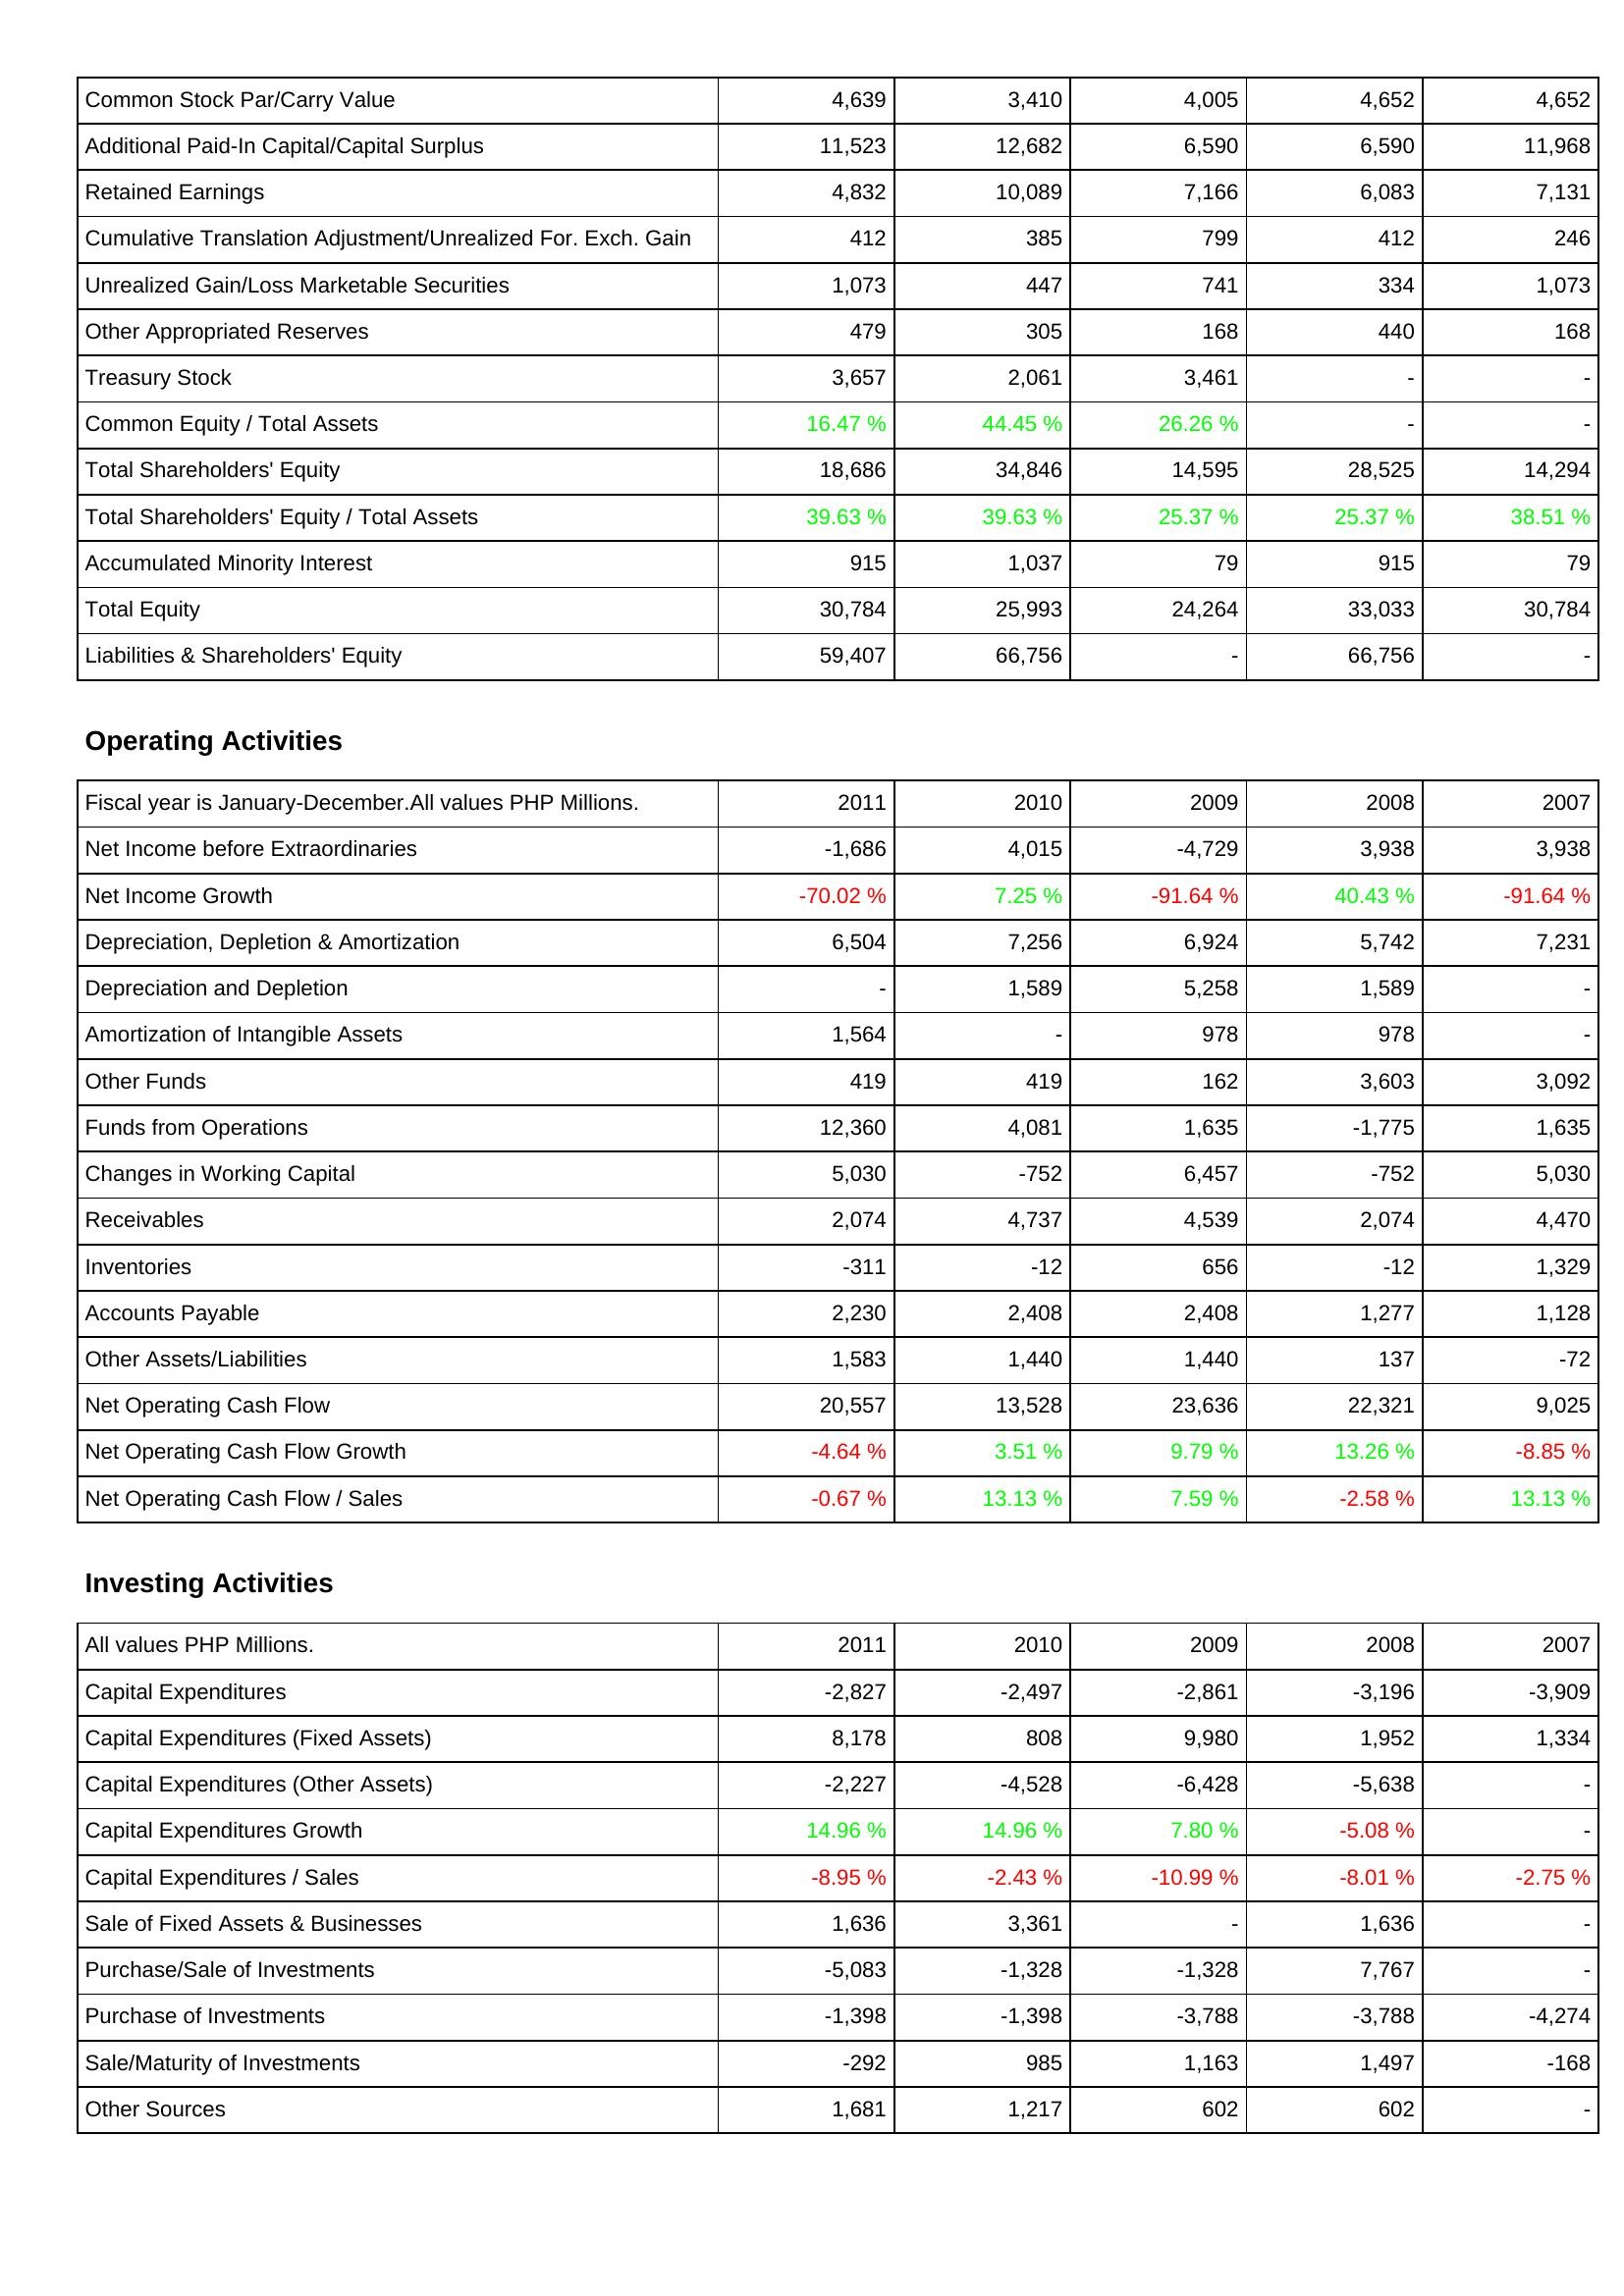
2011: Liabilities & Shareholders' Equity: Common Stock Par/Carry Value: 4,639
Additional Paid-In Capital/Capital Surplus: 11,523
Retained Earnings: 4,832
Cumulative Translation Adjustment/Unrealized For. Exch. Gain: 412
Unrealized Gain/Loss Marketable Securities: 1,073
Other Appropriated Reserves: 479
Treasury Stock: 3,657
Common Equity / Total Assets: 16.47 %
Total Shareholders' Equity: 18,686
Total Shareholders' Equity / Total Assets: 39.63 %
Accumulated Minority Interest: 915
Total Equity: 30,784
Liabilities & Shareholders' Equity: 59,407
Operating Activities: Net Income before Extraordinaries: -1,686
Net Income Growth: -70.02 %
Depreciation, Depletion & Amortization: 6,504
Depreciation and Depletion: -
Amortization of Intangible Assets: 1,564
Other Funds: 419
Funds from Operations: 12,360
Changes in Working Capital: 5,030
Receivables: 2,074
Inventories: -311
Accounts Payable: 2,230
Other Assets/Liabilities: 1,583
Net Operating Cash Flow: 20,557
Net Operating Cash Flow Growth: -4.64 %
Net Operating Cash Flow / Sales: -0.67 %
Investing Activities: Capital Expenditures: -2,827
Capital Expenditures (Fixed Assets): 8,178
Capital Expenditures (Other Assets): -2,227
Capital Expenditures Growth: 14.96 %
Capital Expenditures / Sales: -8.95 %
Sale of Fixed Assets & Businesses: 1,636
Purchase/Sale of Investments: -5,083
Purchase of Investments: -1,398
Sale/Maturity of Investments: -292
Other Sources: 1,681
2010: Liabilities & Shareholders' Equity: Common Stock Par/Carry Value: 3,410
Additional Paid-In Capital/Capital Surplus: 12,682
Retained Earnings: 10,089
Cumulative Translation Adjustment/Unrealized For. Exch. Gain: 385
Unrealized Gain/Loss Marketable Securities: 447
Other Appropriated Reserves: 305
Treasury Stock: 2,061
Common Equity / Total Assets: 44.45 %
Total Shareholders' Equity: 34,846
Total Shareholders' Equity / Total Assets: 39.63 %
Accumulated Minority Interest: 1,037
Total Equity: 25,993
Liabilities & Shareholders' Equity: 66,756
Operating Activities: Net Income before Extraordinaries: 4,015
Net Income Growth: 7.25 %
Depreciation, Depletion & Amortization: 7,256
Depreciation and Depletion: 1,589
Amortization of Intangible Assets: -
Other Funds: 419
Funds from Operations: 4,081
Changes in Working Capital: -752
Receivables: 4,737
Inventories: -12
Accounts Payable: 2,408
Other Assets/Liabilities: 1,440
Net Operating Cash Flow: 13,528
Net Operating Cash Flow Growth: 3.51 %
Net Operating Cash Flow / Sales: 13.13 %
Investing Activities: Capital Expenditures: -2,497
Capital Expenditures (Fixed Assets): 808
Capital Expenditures (Other Assets): -4,528
Capital Expenditures Growth: 14.96 %
Capital Expenditures / Sales: -2.43 %
Sale of Fixed Assets & Businesses: 3,361
Purchase/Sale of Investments: -1,328
Purchase of Investments: -1,398
Sale/Maturity of Investments: 985
Other Sources: 1,217
2009: Liabilities & Shareholders' Equity: Common Stock Par/Carry Value: 4,005
Additional Paid-In Capital/Capital Surplus: 6,590
Retained Earnings: 7,166
Cumulative Translation Adjustment/Unrealized For. Exch. Gain: 799
Unrealized Gain/Loss Marketable Securities: 741
Other Appropriated Reserves: 168
Treasury Stock: 3,461
Common Equity / Total Assets: 26.26 %
Total Shareholders' Equity: 14,595
Total Shareholders' Equity / Total Assets: 25.37 %
Accumulated Minority Interest: 79
Total Equity: 24,264
Liabilities & Shareholders' Equity: -
Operating Activities: Net Income before Extraordinaries: -4,729
Net Income Growth: -91.64 %
Depreciation, Depletion & Amortization: 6,924
Depreciation and Depletion: 5,258
Amortization of Intangible Assets: 978
Other Funds: 162
Funds from Operations: 1,635
Changes in Working Capital: 6,457
Receivables: 4,539
Inventories: 656
Accounts Payable: 2,408
Other Assets/Liabilities: 1,440
Net Operating Cash Flow: 23,636
Net Operating Cash Flow Growth: 9.79 %
Net Operating Cash Flow / Sales: 7.59 %
Investing Activities: Capital Expenditures: -2,861
Capital Expenditures (Fixed Assets): 9,980
Capital Expenditures (Other Assets): -6,428
Capital Expenditures Growth: 7.80 %
Capital Expenditures / Sales: -10.99 %
Sale of Fixed Assets & Businesses: -
Purchase/Sale of Investments: -1,328
Purchase of Investments: -3,788
Sale/Maturity of Investments: 1,163
Other Sources: 602
2008: Liabilities & Shareholders' Equity: Common Stock Par/Carry Value: 4,652
Additional Paid-In Capital/Capital Surplus: 6,590
Retained Earnings: 6,083
Cumulative Translation Adjustment/Unrealized For. Exch. Gain: 412
Unrealized Gain/Loss Marketable Securities: 334
Other Appropriated Reserves: 440
Treasury Stock: -
Common Equity / Total Assets: -
Total Shareholders' Equity: 28,525
Total Shareholders' Equity / Total Assets: 25.37 %
Accumulated Minority Interest: 915
Total Equity: 33,033
Liabilities & Shareholders' Equity: 66,756
Operating Activities: Net Income before Extraordinaries: 3,938
Net Income Growth: 40.43 %
Depreciation, Depletion & Amortization: 5,742
Depreciation and Depletion: 1,589
Amortization of Intangible Assets: 978
Other Funds: 3,603
Funds from Operations: -1,775
Changes in Working Capital: -752
Receivables: 2,074
Inventories: -12
Accounts Payable: 1,277
Other Assets/Liabilities: 137
Net Operating Cash Flow: 22,321
Net Operating Cash Flow Growth: 13.26 %
Net Operating Cash Flow / Sales: -2.58 %
Investing Activities: Capital Expenditures: -3,196
Capital Expenditures (Fixed Assets): 1,952
Capital Expenditures (Other Assets): -5,638
Capital Expenditures Growth: -5.08 %
Capital Expenditures / Sales: -8.01 %
Sale of Fixed Assets & Businesses: 1,636
Purchase/Sale of Investments: 7,767
Purchase of Investments: -3,788
Sale/Maturity of Investments: 1,497
Other Sources: 602
2007: Liabilities & Shareholders' Equity: Common Stock Par/Carry Value: 4,652
Additional Paid-In Capital/Capital Surplus: 11,968
Retained Earnings: 7,131
Cumulative Translation Adjustment/Unrealized For. Exch. Gain: 246
Unrealized Gain/Loss Marketable Securities: 1,073
Other Appropriated Reserves: 168
Treasury Stock: -
Common Equity / Total Assets: -
Total Shareholders' Equity: 14,294
Total Shareholders' Equity / Total Assets: 38.51 %
Accumulated Minority Interest: 79
Total Equity: 30,784
Liabilities & Shareholders' Equity: -
Operating Activities: Net Income before Extraordinaries: 3,938
Net Income Growth: -91.64 %
Depreciation, Depletion & Amortization: 7,231
Depreciation and Depletion: -
Amortization of Intangible Assets: -
Other Funds: 3,092
Funds from Operations: 1,635
Changes in Working Capital: 5,030
Receivables: 4,470
Inventories: 1,329
Accounts Payable: 1,128
Other Assets/Liabilities: -72
Net Operating Cash Flow: 9,025
Net Operating Cash Flow Growth: -8.85 %
Net Operating Cash Flow / Sales: 13.13 %
Investing Activities: Capital Expenditures: -3,909
Capital Expenditures (Fixed Assets): 1,334
Capital Expenditures (Other Assets): -
Capital Expenditures Growth: -
Capital Expenditures / Sales: -2.75 %
Sale of Fixed Assets & Businesses: -
Purchase/Sale of Investments: -
Purchase of Investments: -4,274
Sale/Maturity of Investments: -168
Other Sources: -